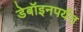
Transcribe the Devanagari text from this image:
डेबॉइनपर्यंत